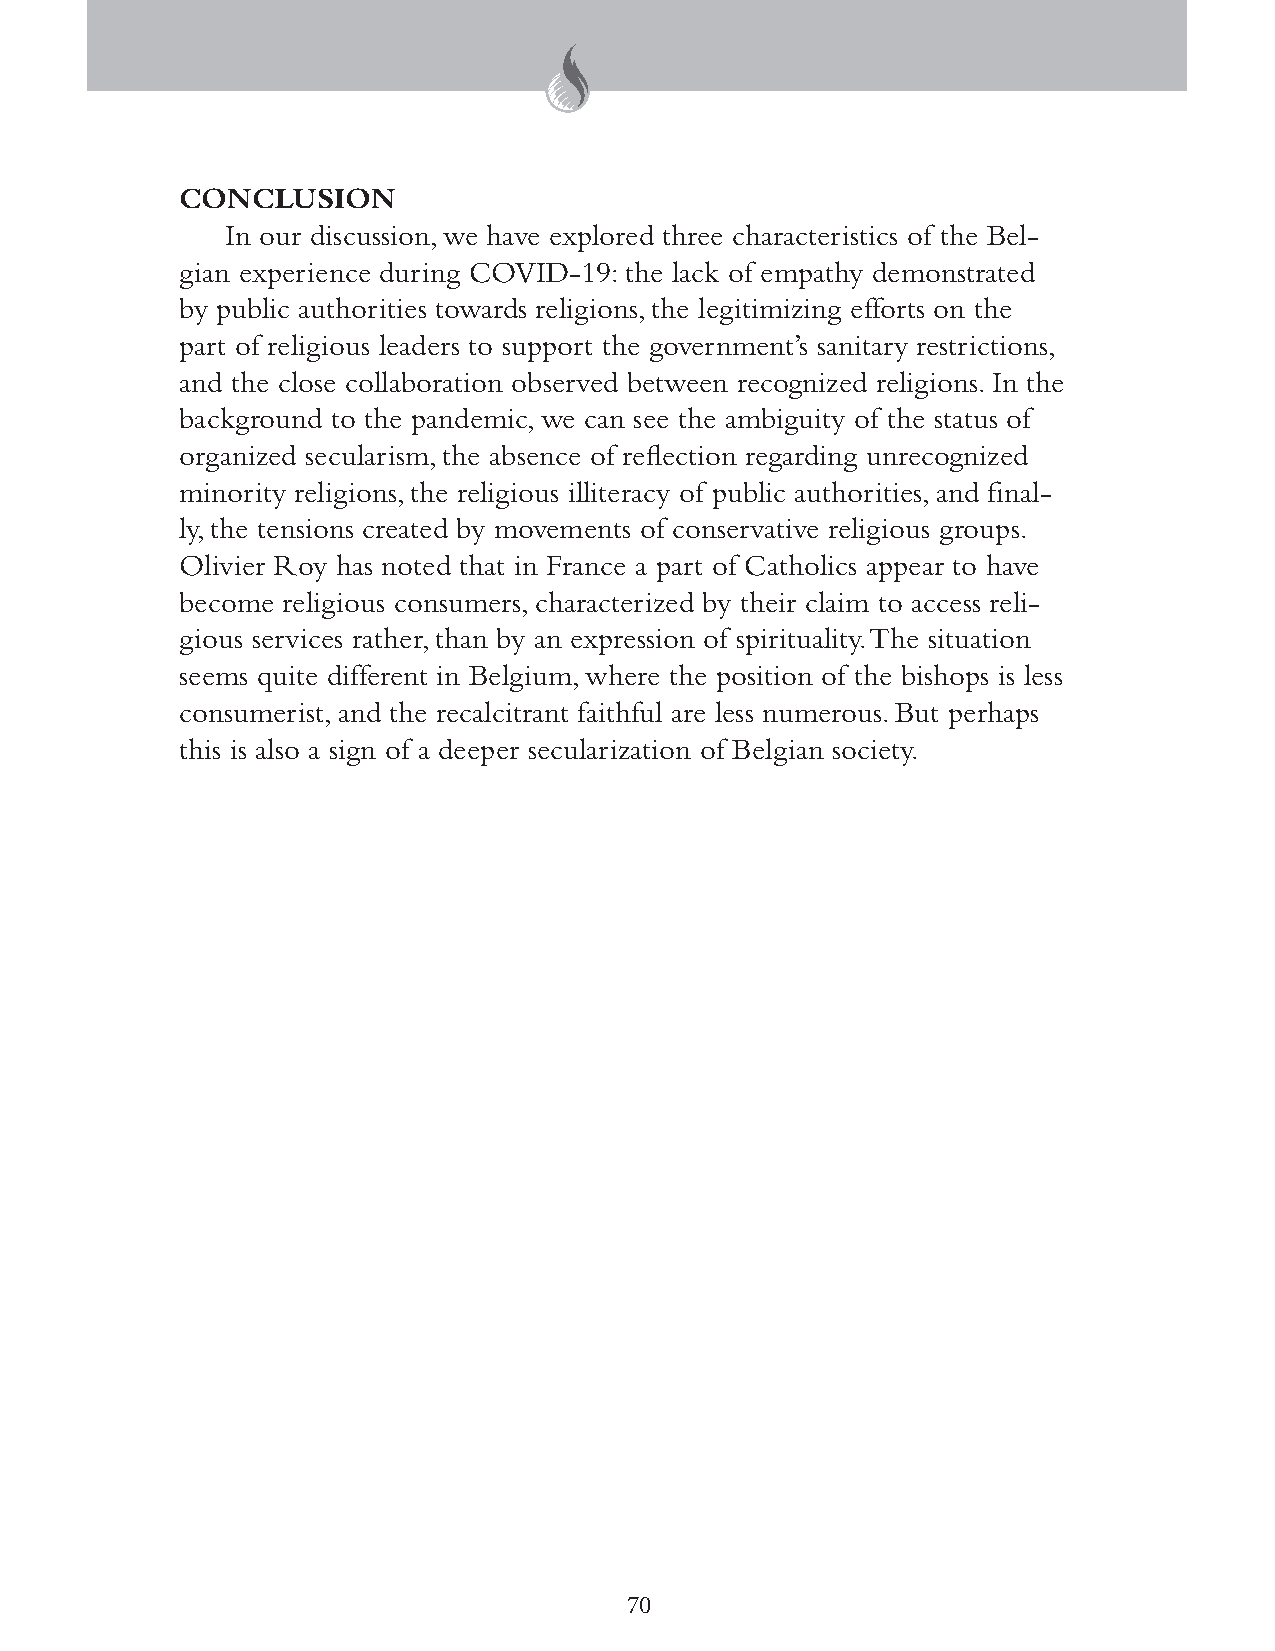
CONCLUSION
 In our discussion, we have explored three characteristics of the Bel-
 gian experience during COVID-19: the lack of empathy demonstrated
 by public authorities towards religions, the legitimizing efforts on the
 part of religious leaders to support the government’s sanitary restrictions,
 and the close collaboration observed between recognized religions. In the
 background to the pandemic, we can see the ambiguity of the status of
 organized secularism, the absence of reflection regarding unrecognized
 minority religions, the religious illiteracy of public authorities, and final-
 ly, the tensions created by movements of conservative religious groups.
 Olivier Roy has noted that in France a part of Catholics appear to have
 become religious consumers, characterized by their claim to access reli-
 gious services rather, than by an expression of spirituality. The situation
 seems quite different in Belgium, where the position of the bishops is less
 consumerist, and the recalcitrant faithful are less numerous. But perhaps
 this is also a sign of a deeper secularization of Belgian society.
 70